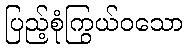
ပြည့်စုံကြွယ်ဝသော